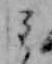
ミ